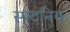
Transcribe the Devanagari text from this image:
स्पटनिक